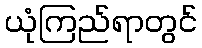
ယုံကြည်ရာတွင်